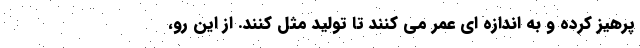
پرهیز کرده و به اندازه ای عمر می کنند تا تولید مثل کنند. از این رو،